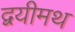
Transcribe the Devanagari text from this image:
द्वयीमथ